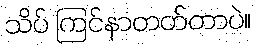
သိပ် ကြင်နာတတ်တာပဲ။